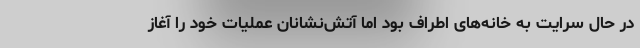
در حال سرایت به خانه‌های اطراف بود اما آتش‌نشانان عملیات خود را آغاز